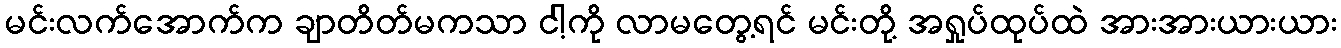
မင်းလက်အောက်က ချာတိတ်မကသာ ငါ့ကို လာမတွေ့ရင် မင်းတို့ အရှုပ်ထုပ်ထဲ အားအားယားယား